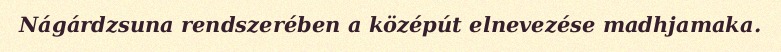
Nágárdzsuna rendszerében a középút elnevezése madhjamaka.